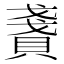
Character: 𧶤